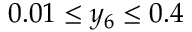
0 . 0 1 \leq y _ { 6 } \leq 0 . 4